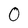
Character: 0